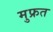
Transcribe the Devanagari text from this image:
मुफ्रत